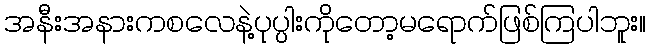
အနီးအနားကစလေနဲ့ပုပ္ပါးကိုတော့မရောက်ဖြစ်ကြပါဘူး။